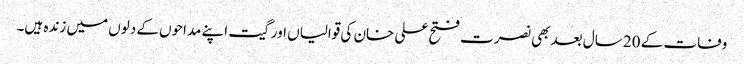
وفات کے 20 سال بعد بھی نصرت فتح علی خان کی قوالیاں اور گیت اپنے مداحوں کے دلوں میں زندہ ہیں۔